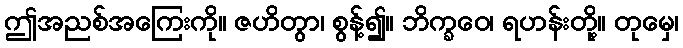
ဤအညစ်အကြေးကို။ ဇဟိတွာ၊ စွန့်၍။ ဘိက္ခဝေ၊ ရဟန်းတို့။ တုမှေ၊